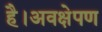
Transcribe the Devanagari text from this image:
है।अवक्षेपण